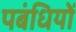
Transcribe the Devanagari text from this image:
पबंधियों